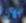
الآن